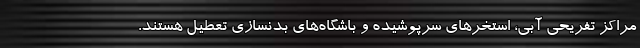
مراکز تفریحی آبی، استخر‌های سرپوشیده و باشگاه‌های بدنسازی تعطیل هستند.